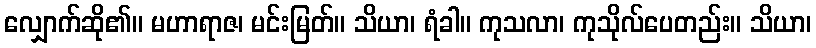
လျှောက်ဆို၏။ မဟာရာဇ၊ မင်းမြတ်။ သိယာ၊ ရံခါ။ ကုသလာ၊ ကုသိုလ်ပေတည်း။ သိယာ၊